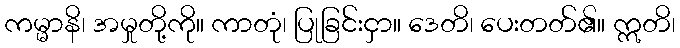
ကမ္မာနိ၊ အမှုတို့ကို။ ကာတုံ၊ ပြုခြင်းငှာ။ ဒေတိ၊ ပေးတတ်၏။ ဣတိ၊